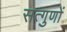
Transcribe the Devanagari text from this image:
सत्गुणों